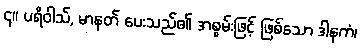
၄။ ပရိဝါသ်, မာနတ် ပေးသည်၏ အစွမ်းဖြင့် ဖြစ်သော ဒါနကံ၊